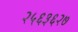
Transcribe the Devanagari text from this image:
२५६३६२७